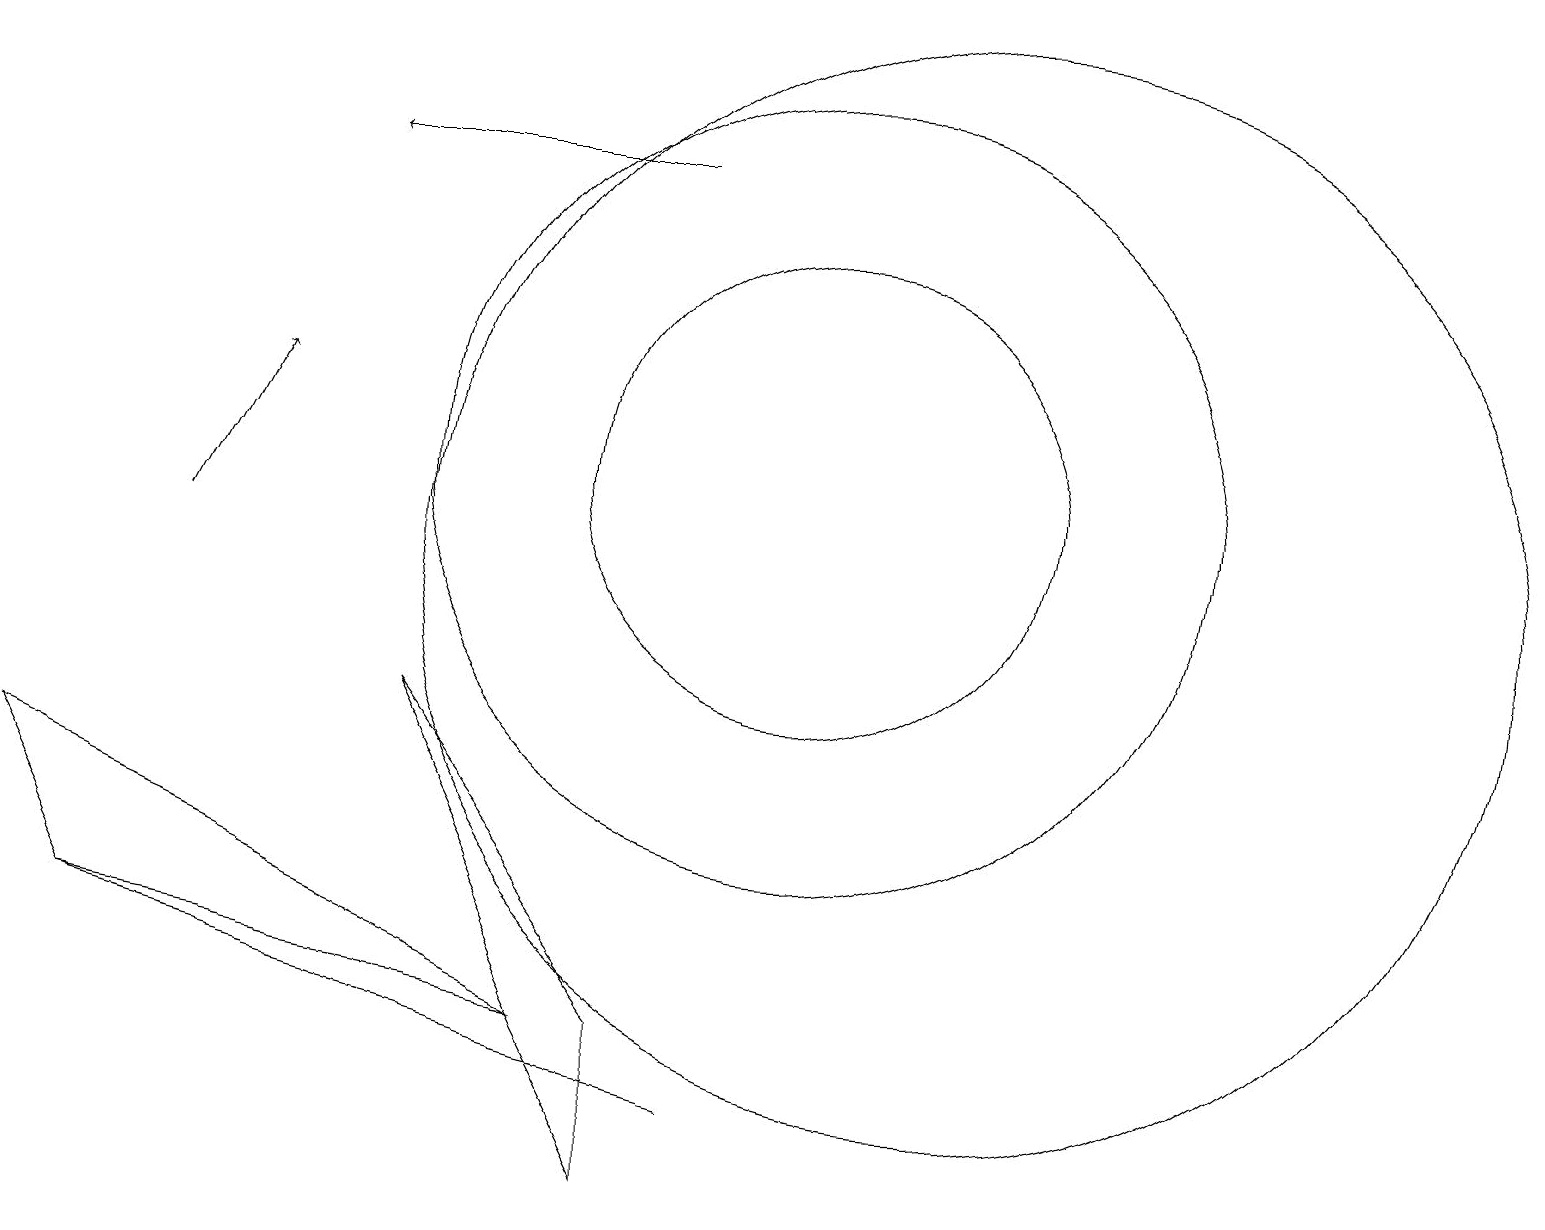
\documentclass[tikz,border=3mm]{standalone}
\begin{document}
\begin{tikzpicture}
\draw[->] (8,15) -- (4,15);
\draw[->] (2,10) -- (3,12);
\draw (7,4) -- (0,7) -- (1,5) -- cycle;
\draw (8,2) -- (8,4) -- (5,8) -- cycle;
\draw (10,11) circle (5);
\draw (10,11) circle (3);
\draw (9,3) -- (9,3) -- (1,5) -- cycle;
\draw (12,10) circle (7);
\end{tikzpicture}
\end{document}